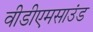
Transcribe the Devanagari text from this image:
वीडीएमसाउंड